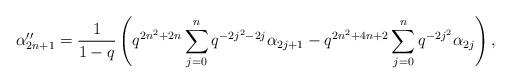
LaTeX: \begin{align*} \alpha''_{2n+1} = \frac{1}{1-q}\left(q^{2n^2+2n}\sum_{j=0}^{n}q^{-2j^2-2j}\alpha_{2j+1} - q^{2n^2+4n+2}\sum_{j=0}^{n}q^{-2j^2}\alpha_{2j}\right),\end{align*}